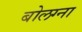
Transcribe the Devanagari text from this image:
बोलग्ना